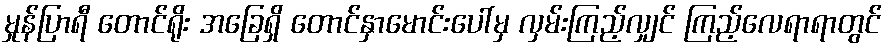
မှုန်ပြာရီ တောင်ရိုး အခြေရှိ တောင်နှာမောင်းပေါ်မှ လှမ်းကြည့်လျှင် ကြည့်လေရာရာတွင်